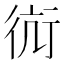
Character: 䘕